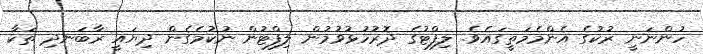
ހުންނަނީ ރުކުގެ އެންމެމަތީގައެވެ. ލިފްޓުގެ ދޮރުހުޅުވުމުން ލިފްޓުން ނުކުމެގެން ދިޔައީ ރާބަނދި ތަކާ